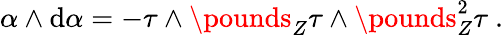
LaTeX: \alpha\wedge\mathrm{d}\alpha=-\tau\wedge\pounds_{Z}\tau\wedge\pounds_{Z}^{2}\tau\ .